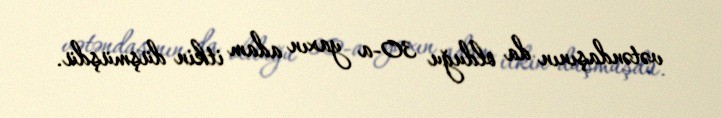
vətəndaşının da olduğu 30-a yaxın adam itkin düşmüşdü.